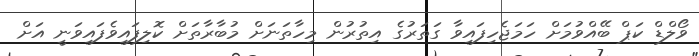
ވޯލްޑް ކަޕް ބޭއްވުމަށް ހަމަޖެހިފައިވާ ގަތަރުގެ އިތުރުން މިހާތަނަށް މުބާރާތަށް ކޮލިފައިވެފައިވަނީ އަށް